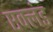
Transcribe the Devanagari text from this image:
एक्लंड